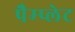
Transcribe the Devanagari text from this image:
पैम्प्लेट